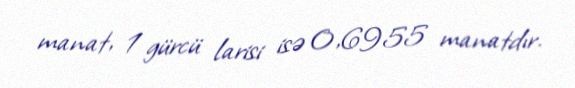
manat, 1 gürcü larisi isə 0,6955 manatdır.